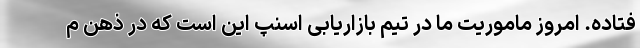
فتاده. امروز ماموریت ما در تیم بازاریابی اسنپ این است که در ذهن م